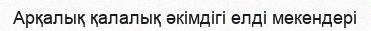
Арқалық қалалық әкімдігі елді мекендері